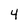
Character: 4